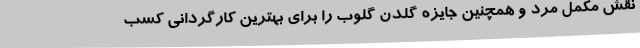
نقش مکمل مرد و همچنین جایزه گلدن گلوب را برای بهترین کارگردانی کسب